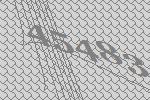
45483